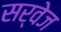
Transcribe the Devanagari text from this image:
सर्वेज